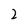
Character: 2